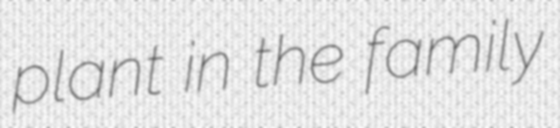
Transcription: plant in the family